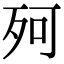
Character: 𣧤